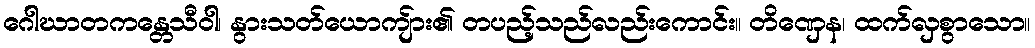
ဂေါဃာတကန္တေသီဝါ၊ နွားသတ်ယောကျ်ား၏ တပည့်သည်လည်းကောင်း။ တိဏှေန၊ ထက်လှစွာသော။